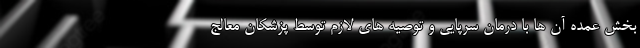
بخش عمده آن ها با درمان سرپایی و توصیه های لازم توسط پزشکان معالج